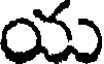
యు